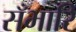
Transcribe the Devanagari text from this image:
सँभारि